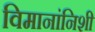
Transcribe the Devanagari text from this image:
विमानांनिशी